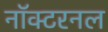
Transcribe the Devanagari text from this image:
नॉक्टरनल